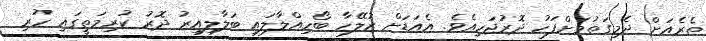
ތެރެއަށް ދެމިގަތުމަށްފަހު ދޮރުޖަަހިއެވެ. އެއަޑަށް ޒުލޭހާ ބޯހިއްލާލައި ބަލާލިއިރު ދޮރު ކުރިމަތީގައި ހުރި